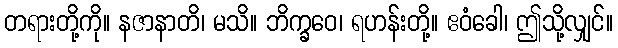
တရားတို့ကို။ နဇာနာတိ၊ မသိ။ ဘိက္ခဝေ၊ ရဟန်းတို့။ ဧဝံခေါ၊ ဤသို့လျှင်။